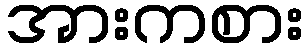
အားကစား